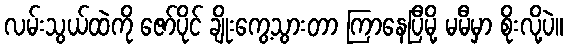
လမ်းသွယ်ထဲကို ဇော်ပိုင် ချိုးကွေ့သွားတာ ကြာနေပြီမို့ မမီမှာ စိုးလို့ပဲ။